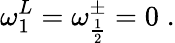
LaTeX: \omega_{1}^{L}=\omega_{\frac{1}{2}}^{\pm}=0\; .